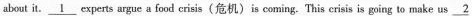
about it.\underline{1}experts argue a food crisis(危机)is coming. This crisis is going to make us \underline{2}